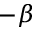
- \beta